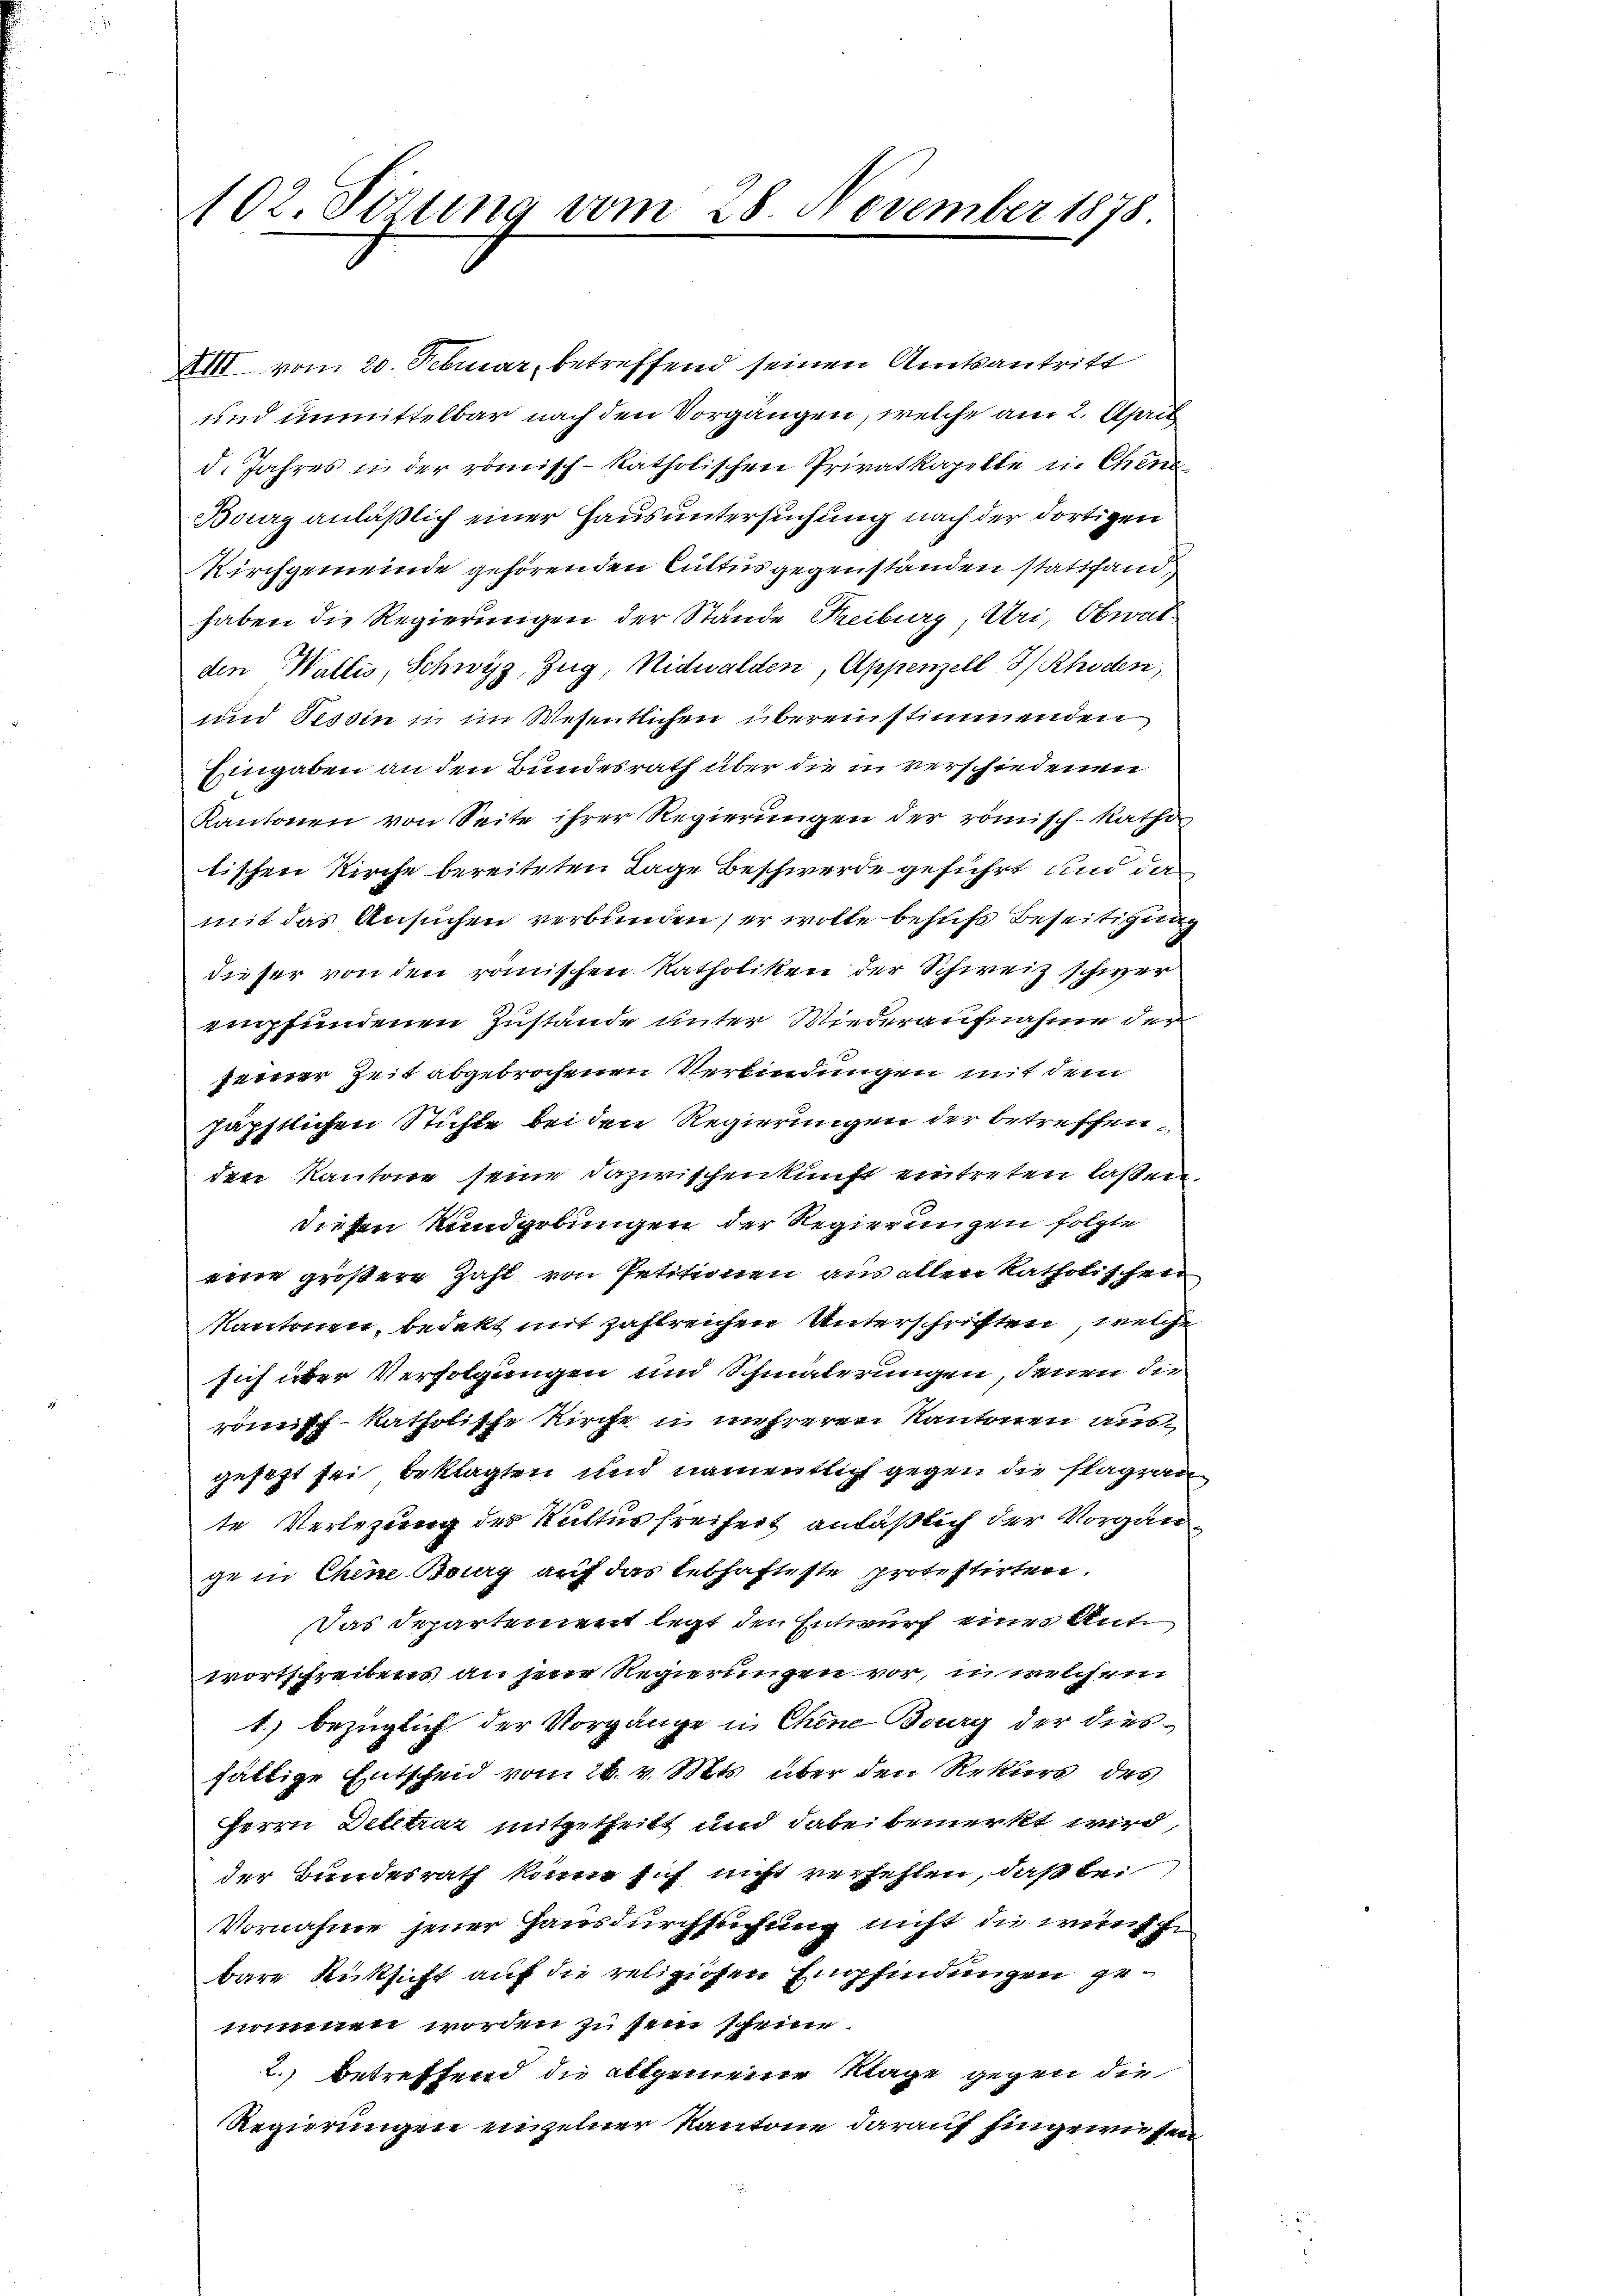
102. Sizung vom 28. November 1878.

XIII vom 20. Februar, betreffend seinen Amtsantritt
und unmittelbar nach den Vorgängen, welche am 2. April
d. Jahres in der römisch-katholischen Privatkapelle in Chens
Burg anläßlich einer Hausuntersuchung nach der dortigen
Kirchgemeinde gehörenden Cultus gegenständen stattfand,
haben die Regierungen der Stände Treiburg, Uri, Obwalden Wallis, Schwyz, Zug, Nidwalden, Appenzell I/Rhoden,
und Tessin in im Wesentlichen übereinstimmenden
Eingaben an den Bundesrath über die in verschiedenen
Kantonen von Seite ihrer Regierŭngen der römisch-katho
tischen Kirche bereiteten Lage Beschwerde geführt und da
mit das Ansuchen verbunden, er wolle behufs Beseitigung
dieser von den römischen Katholiken der Schweiz schwerempfundenen Zustände unter Wiederaufnahme der
zarrer Zeit abgebrachenen Verbindungen mit dem
häpstlichen Stifte bei den Regierungen der betreffenden Kantone seine dazwischenkunft eintreten laßen,
diesen Rundgebungen der Regierungen folgte
eine größere Zahl von Petitionen aus allen katholischen
Kantonen, bedekt mit zahlreichen Unterschriften, welche
sich über Verfolgungen und Schmälerungen, denen die
rönnff katholische Kirche u unsreren Kantonen ausgesezt sei beklagten und namentlich gegen die Plagran
te Verlegung des Kultur freiheit anläßlich der Vorgänge in Chene Bourg auf das lebhafteste protestirten.
Das Departement legt den Entwurf eines Ante
wortschreibens an jene Regierungen vor, in welchem
1.) bezüglich der Vorgänge in Chene Burg der dies
fältige Entscheid vom 26. v. Mts. über den Rekurs des
Herrn Detltraz mitgetheilt und dabei bemerkt wird,
der Bundesrath könne sich nicht verhehlen, daß bei
Vornahme jener Hausdurchsuchung nicht die wünsch
bare Rücksicht auf die religigen Empfindungen genommen worden zu sein scheine.
2.) betreffend die altgemeine Klage gegen die
Regierungen einzelner Kantone darauf Eingewiesen